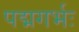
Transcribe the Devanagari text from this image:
पद्मगर्भः